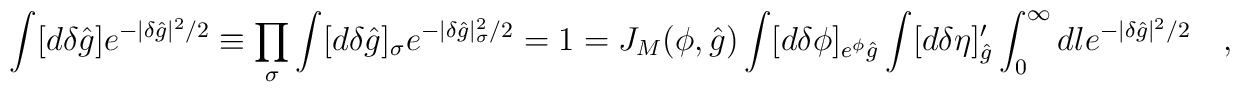
\int [d \delta {\hat g} ] e^{-|\delta {\hat g}|^2/2} \equiv  \prod_{\sigma} \int [d \delta {\hat g} ]_{\sigma} e^{-|\delta {\hat g}|_{\sigma}^2/2} = 1 =  J_M({\cal \phi},{\hat g}) \int [d \delta {\cal \phi} ]_{e^\phi {\hat g}}    \int [d \delta \eta]'_{\hat g} \int_0^{\infty} d l e^{-|\delta {\hat g}|^2/2} \quad ,